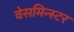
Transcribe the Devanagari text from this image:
वेसमिन्स्टर